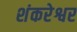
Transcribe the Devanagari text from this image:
शंकरेश्वर